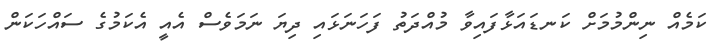
ކަމެއް ނިންމުމަށް ކަނޑައަޅާފައިވާ މުއްދަތު ފަހަނަޅައި ދިޔަ ނަމަވެސް އެއީ އެކަމުގެ ސައްހަކަން